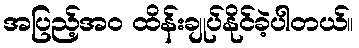
အပြည့်အဝ ထိန်းချုပ်နိုင်ခဲ့ပါတယ်။